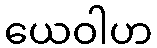
ယေဝါဟ